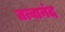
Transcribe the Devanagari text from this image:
तत्वानंद